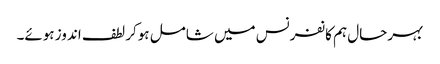
بہرحال ہم کانفرنس میں شامل ہوکر لطف اندوز ہوئے۔